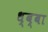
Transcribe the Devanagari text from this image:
ध्ब्बा